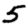
Digit: 5